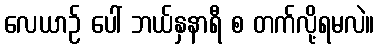
လေယာဉ် ပေါ် ဘယ်နှနာရီ စ တက်လို့ရမလဲ။